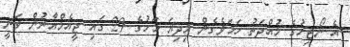
އެ ނޯޓިހުގެ މުއްދަތު ހަމަވެގެން މިދިޔަ މަހުގެ 29 ގައި ޖީއެމްއާރުން ވަނީ